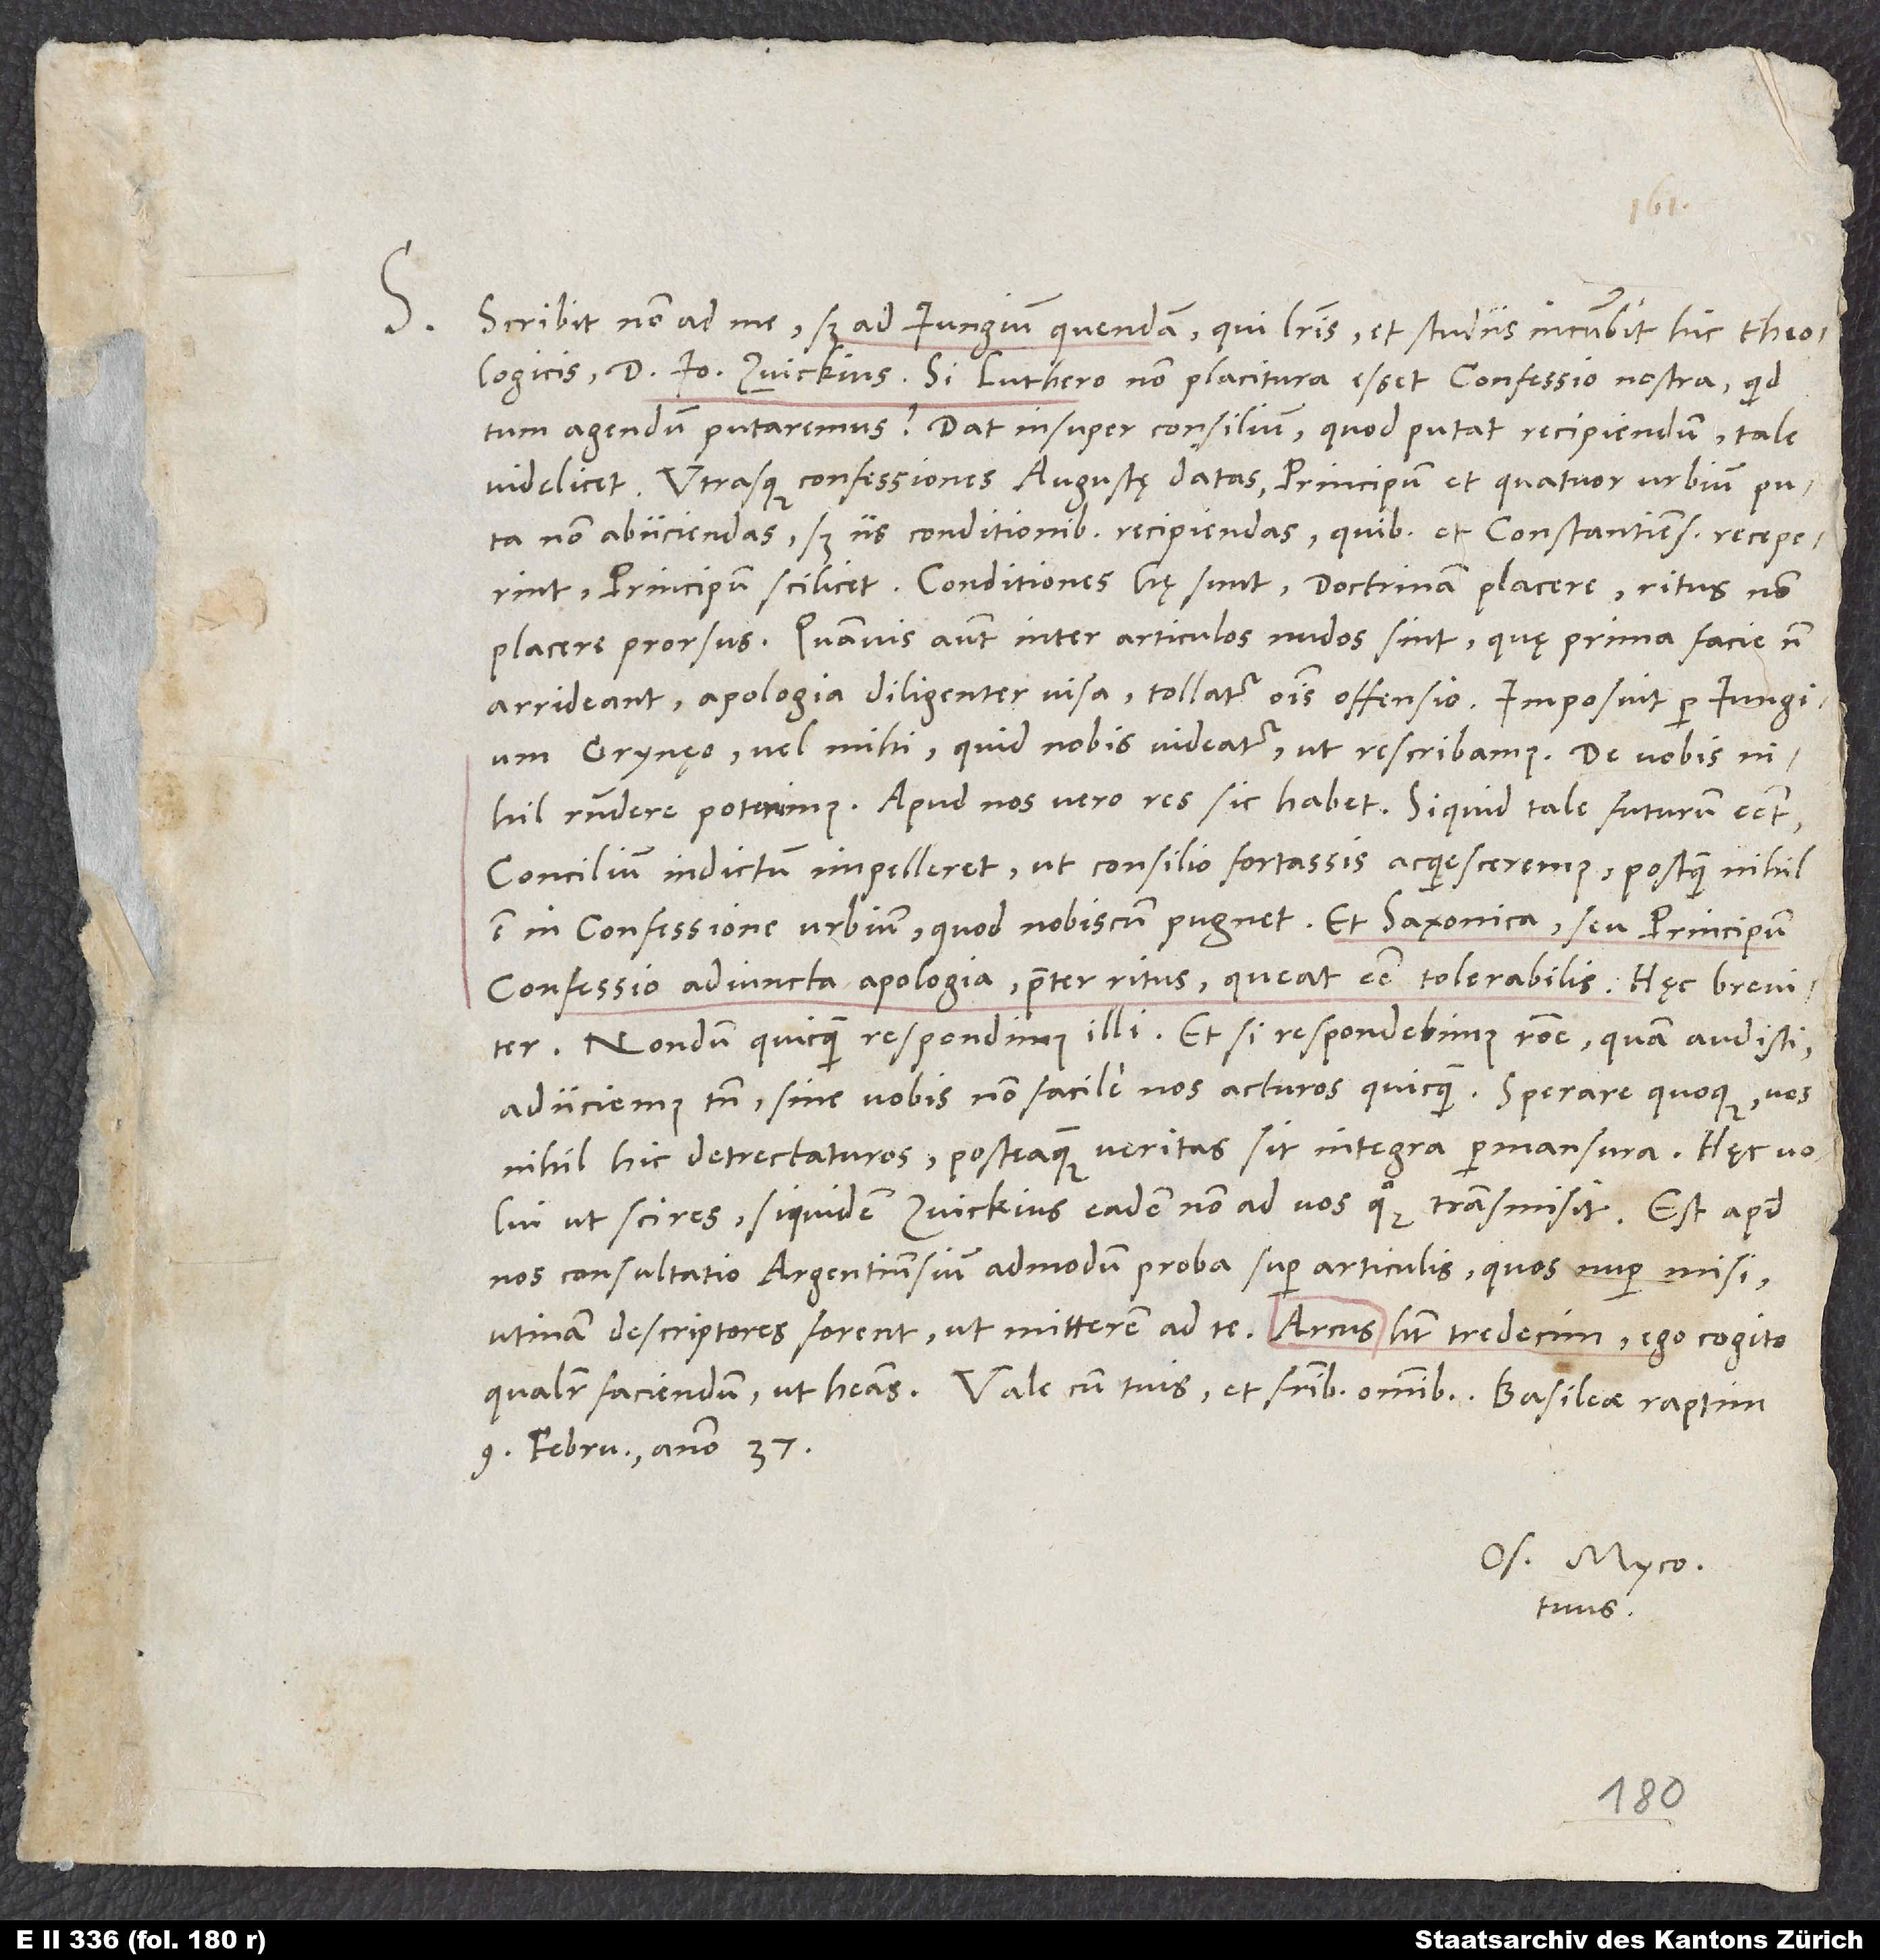
S. Scribit non ad me, sed ad lungium quendam, qui litteris et studiis incumbit hic theologicis,
doctor lo Zvickius, si Luthero non placitura esset confessio nostra, quid
tum agendum putaremus. Dat insuper consilium, quod putat recipiendum, tale
videlicet: Utrasque confessiones Augustae datas, principum et quatuor urbium puta,
non abiiciendas, sed iis conditionibus recipiendas, quibus et Constantienses receperint,
principum scilicet. Conditiones hę sunt: Doctrinam placere, ritus non
placere prorsus. Quamvis autem inter articulos nudos sint, quę prima facie non
arrideant, apologia diligenter visa tollatur omnis offensio. Imposuit per lungium
Grynęo vel mihi, quid nobis videatur, ut rescribamus. De vobis
nihil respondere poterimus. Apud nos vero res sic habet: Si quid tale futurum esset,
concilium indictum impelleret, ut consilio fortassis acquiesceremus, postquam nihil
est in confessione urbium, quod nobiscum pugnet, et Saxonica seu principum
confessio adiuncta apologia praeter ritus queat esse tolerabilis. Haec breviter.
Nondum quicquam respondimus illi. Et si respondebimus ratione, quam audisti,
adiiciemus tamen sine vobis non facile nos acturos quicquam, sperare quoque vos
nihil hic detrectaturos, postquam veritas sit integra permansura. Haec volui
ut scires, si quidem Zvickius eadem non ad vos quoque transmisit.
nos consultatio Argentinensium admodum proba super articulis, quos nuper misi.
Utinam descriptores forent, ut mitterem ad te! Arcus habet tredecim. Ego cogito,
9. februarii anno 37.
Os. Myco.
tuus.